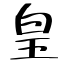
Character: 皇